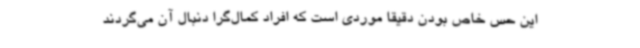
این حس خاص بودن دقیقا موردی است که افراد کمال‌گرا دنبال آن می‌گردند